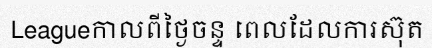
Leagueកាលពីថ្ងៃចន្ទ ពេលដែលការស៊ុត